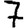
Digit: 7